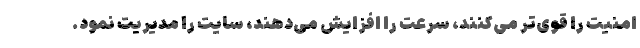
امنیت را قوی‌تر می‌کنند، سرعت را افزایش می‌‌دهند، سایت را مدیریت نمود.